Indian journal of veterinary science and animal husbandry - Volumes 24-25, 1954-1955
Year: 1954
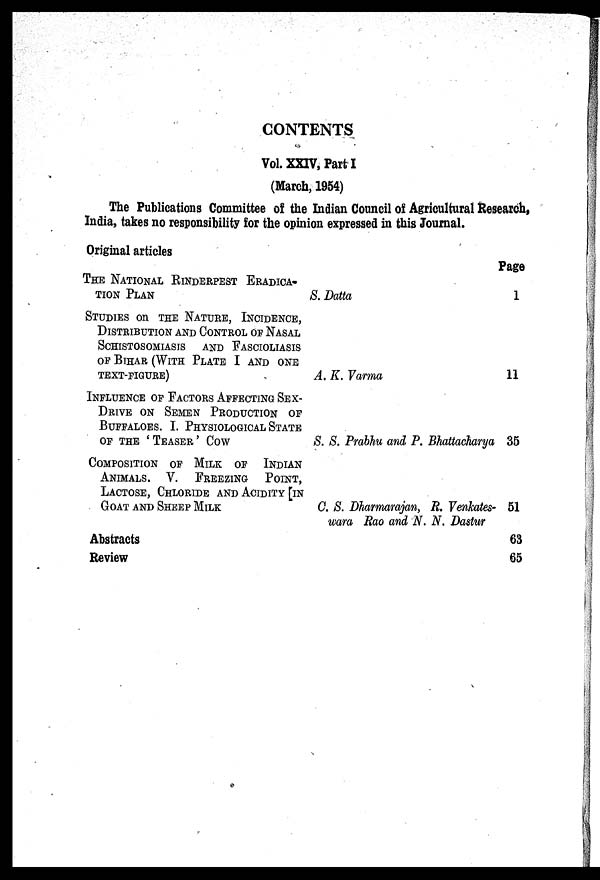
CONTENTS
Vol. XXIV, Part I
(March, 1954)
The Publications Committee of the Indian Council of Agricultural Research,
India, takes no responsibility for the opinion expressed in this Journal.
Original articles
THE NATIONAL RINDERPEST ERADICA-
TION PLAN
STUDIES on THE NATURE, INCIDENCE,
DISTRIBUTION AND CONTROL OF NASAL
SCHISTOSOMIASIS AND FASCIOLIASIS
OF BIHAR (WITH PLATE I AND ONE
TEXT-FIGURE)
INFLUENCE OF FACTORS AFFECTING SEX-
DRIVE ON SEMEN PRODUCTION OF
BUFFALOES. I. PHYSIOLOGICAL STATE
OF THE 'TEASER' COW
COMPOSITION OF MILK OF INDIAN
ANIMALS. V. FREEZING POINT,
LACTOSE, CHLORIDE AND ACIDITY [IN
GOAT AND SHEEP MILK
S. Datta
A. K. Varma
S. S. Prabhu and P. Bhattacharya
C. S. Dharmamjan, R. Venkates-
wara Rao and N. N. Dastur
Abstracts
Review
Page
1
11
35
51
63
65